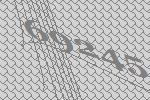
69245